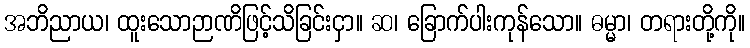
အဘိညာယ၊ ထူးသောဉာဏိဖြင့်သိခြင်းငှာ။ ဆ၊ ခြောက်ပါးကုန်သော။ ဓမ္မာ၊ တရားတို့ကို။